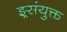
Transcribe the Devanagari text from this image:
झ्र्संयुक्त